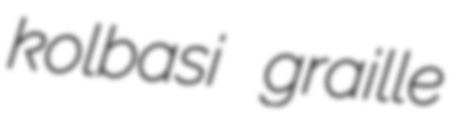
kolbasi graille